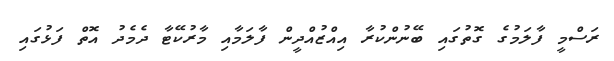
ރަސްމީ ފާލަމުގެ ގޮތުގައި ބޭނުންކުރާ އިއްޒުއްދީން ފާލަމާއި މާރުކޭޓާ ދެމެދު އޮތް ފަޅުގައި